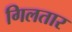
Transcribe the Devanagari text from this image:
गिलतार